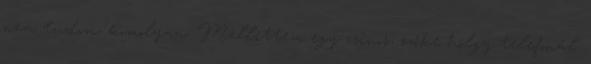
nem tudom, komolyan. Mellettem egy csinos, szőke hölgy telefonál.